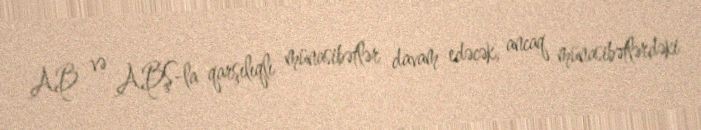
AB və ABŞ-la qarşılıqlı münasibətlər davam edəcək, ancaq münasibətlərdəki